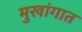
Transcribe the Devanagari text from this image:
मुखांगात